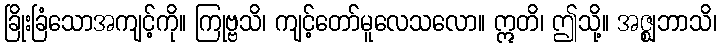
ခြိုးခြံသောအကျင့်ကို။ ကြုဗ္ဗသိ၊ ကျင့်တော်မူလေသလော။ ဣတိ၊ ဤသို့။ အဇ္ဈဘာသိ၊